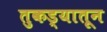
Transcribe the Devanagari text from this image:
तुकड्यातून